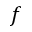
f